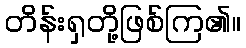
တိန်းရှတို့ဖြစ်ကြ၏။